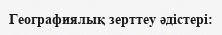
Географиялық зерттеу әдістері: